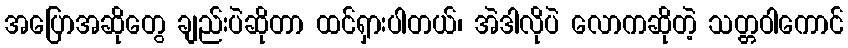
အပြောအဆိုတွေ ချည်းပဲဆိုတာ ထင်ရှားပါတယ်၊ အဲဒါလိုပဲ လောကဆိုတဲ့ သတ္တဝါကောင်